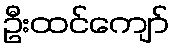
ဦးထင်ကျော်